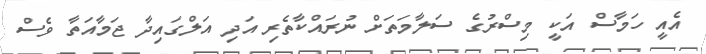
އެއީ ހަމާސް އަކީ މިސްރުގެ ސަލާމަތަށް ނުރައްކާތެރި އަދި އަލްގައިދާ ޖަމާއަތާ ވެސް